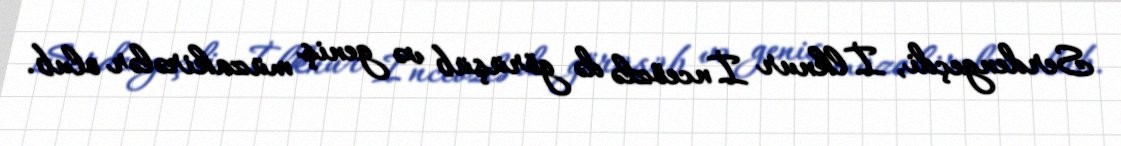
Serdengeçdi, İlknur İnceözlə də görüşüb və geniş müzakirələr olub.